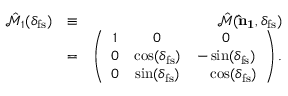
\begin{array} { r l r } { \hat { \mathcal { M } } _ { 1 } ( \delta _ { \mathrm { f s } } ) } & { \equiv } & { \hat { \mathcal { M } } ( { \bf \hat { n } _ { 1 } } , \delta _ { \mathrm { f s } } ) } \\ & { = } & { \left( \begin{array} { c c c } { 1 } & { 0 } & { 0 } \\ { 0 } & { \cos ( \delta _ { \mathrm { f s } } ) } & { - \sin ( \delta _ { \mathrm { f s } } ) } \\ { 0 } & { \sin ( \delta _ { \mathrm { f s } } ) } & { \ \ \ \cos ( \delta _ { \mathrm { f s } } ) } \end{array} \right) . } \end{array}